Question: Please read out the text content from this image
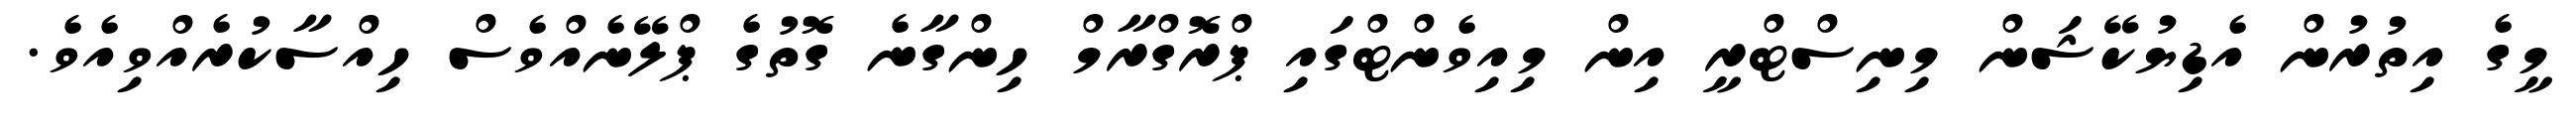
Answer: މީގެ އިތުރުން އެޑިޔުކޭޝަން މިނިސްޓްރީ އިން މިއިވެންޓްގައި ޕްރޮގްރާމް ހިންގާނެ ގޮތުގެ ޕްލޭނެއްވެސް ހިއްސާކުރެއްވިއެވެ.